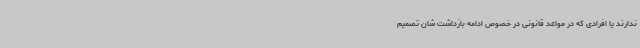
ندارند یا افرادی که در مواعد قانونی در خصوص ادامه بازداشت شان تصمیم